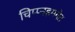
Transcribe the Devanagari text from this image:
चिप्प्नहमगेट